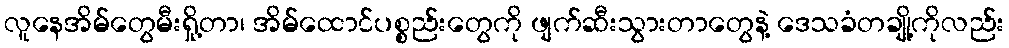
လူနေအိမ်တွေမီးရှို့တာ၊ အိမ်ထောင်ပစ္စည်းတွေကို ဖျက်ဆီးသွားတာတွေနဲ့ ဒေသခံတချို့ကိုလည်း